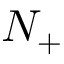
N _ { + }